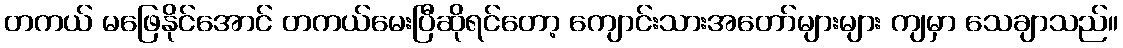
တကယ် မဖြေနိုင်အောင် တကယ်မေးပြီဆိုရင်တော့ ကျောင်းသားအတော်များများ ကျမှာ သေချာသည်။